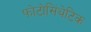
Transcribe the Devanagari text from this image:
फोटोसिंथेटिक